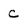
Character: c